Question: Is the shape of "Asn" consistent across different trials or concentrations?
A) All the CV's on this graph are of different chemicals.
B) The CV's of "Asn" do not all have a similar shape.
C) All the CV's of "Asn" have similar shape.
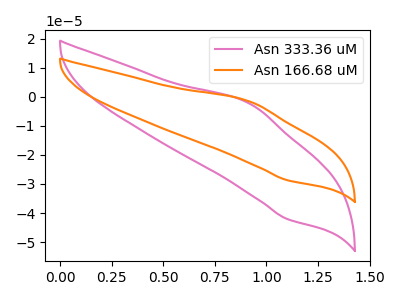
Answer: <think>The pink curve "Asn 333.36 uM" has an anodic peak at (0.90V, -2.25uA) and a cathodic peak at (1.10V, -42.05uA). The orange curve "Asn 166.68 uM" has an anodic peak at (0.90V, -1.55uA) and a cathodic peak at (1.10V, -28.65uA).
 All the peaks in "Asn 333.36 uM" have a peak in "Asn 166.68 uM" at the same potential.</think>
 <answer>C) All the CV's of "Asn" have similar shape.</answer>
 <eval>C</eval>